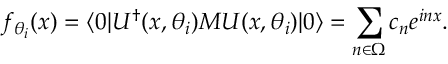
f _ { \theta _ { i } } ( x ) = \langle 0 | U ^ { \dagger } ( x , \theta _ { i } ) { M } U ( x , \theta _ { i } ) | 0 \rangle = \sum _ { n \in \Omega } c _ { n } e ^ { i n x } .